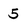
Character: 5